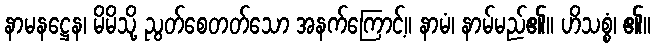
နာမနဋ္ဌေန၊ မိမိသို့ ညွတ်စေတတ်သော အနက်ကြောင့်။ နာမံ၊ နာမ်မည်၏။ ဟိသစ္စံ၊ ၏။